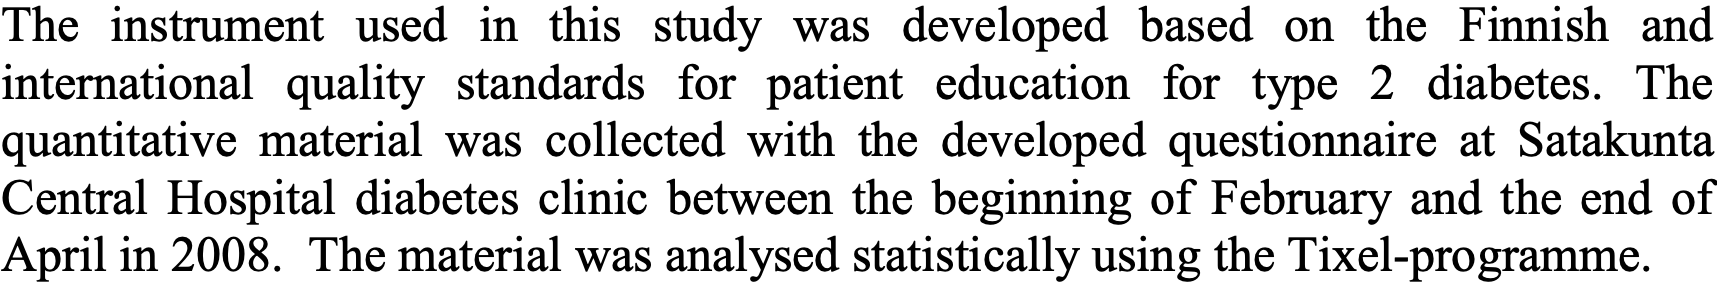
The instrument used in this study was developed based on the Finnish and international quality standards for patient education for type 2 diabetes. The quantitative material was collected with the developed questionnaire at Satakunta Central Hospital diabetes clinic between the beginning of February and the end of April in 2008. The material was analysed statistically using the Tixel-programme.